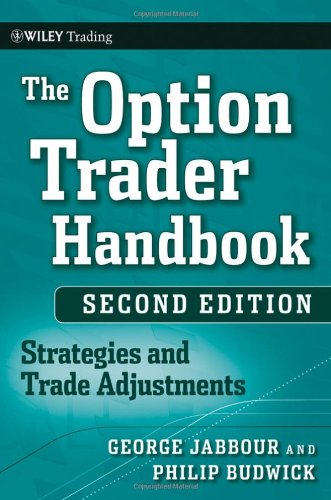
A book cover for The Option Trader Handbook: Strategies and Trade Adjustments; George Jabbour; Business & Money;